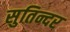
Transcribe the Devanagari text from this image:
सुतिन्दर